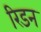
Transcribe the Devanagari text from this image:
रिडन